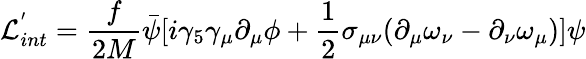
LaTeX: {\cal L}_{int}^{'}=\frac{f}{2M}\bar{\psi}[i\gamma_{5}\gamma_{\mu}\partial_{\mu}\phi+\frac{1}{2}\sigma_{\mu\nu}(\partial_{\mu}\omega_{\nu}-\partial_{\nu}\omega_{\mu})]\psi